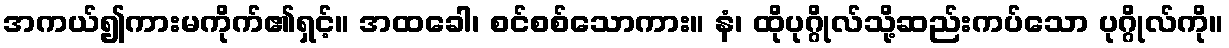
အကယ်၍ကားမကိုက်၏ရှင့်။ အထခေါ၊ စင်စစ်သောကား။ နံ၊ ထိုပုဂ္ဂိုလ်သို့ဆည်းကပ်သော ပုဂ္ဂိုလ်ကို။